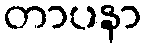
တာပနာ